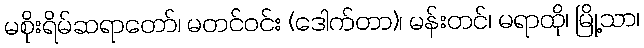
မစိုးရိမ်ဆရာတော်၊ မတင်ဝင်း (ဒေါက်တာ)၊ မန်းတင်၊ မရာထို၊ မြို့သာ၊